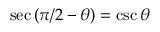
\sec \left( \pi / 2 - \theta \right) = \csc \theta